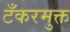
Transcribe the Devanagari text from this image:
टँकरमुक्त